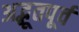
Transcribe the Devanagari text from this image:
अद्भूतपूर्व